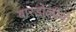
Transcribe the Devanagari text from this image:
बारडोलीनो